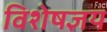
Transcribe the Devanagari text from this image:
विशेषज्ञय